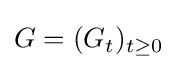
G=(G_{t})_{t\geq 0}